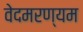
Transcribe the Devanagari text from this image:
वेदमरण्यम